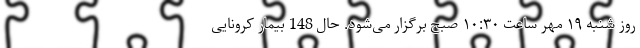
روز شنبه ۱۹ مهر ساعت ۱۰:۳۰ صبح برگزار می‌شود. حال 148 بیمار کرونایی